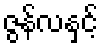
ဇွန်လနှင့်